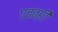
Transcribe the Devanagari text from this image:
एवबरी